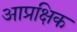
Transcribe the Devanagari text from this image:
आप्रक्षिक